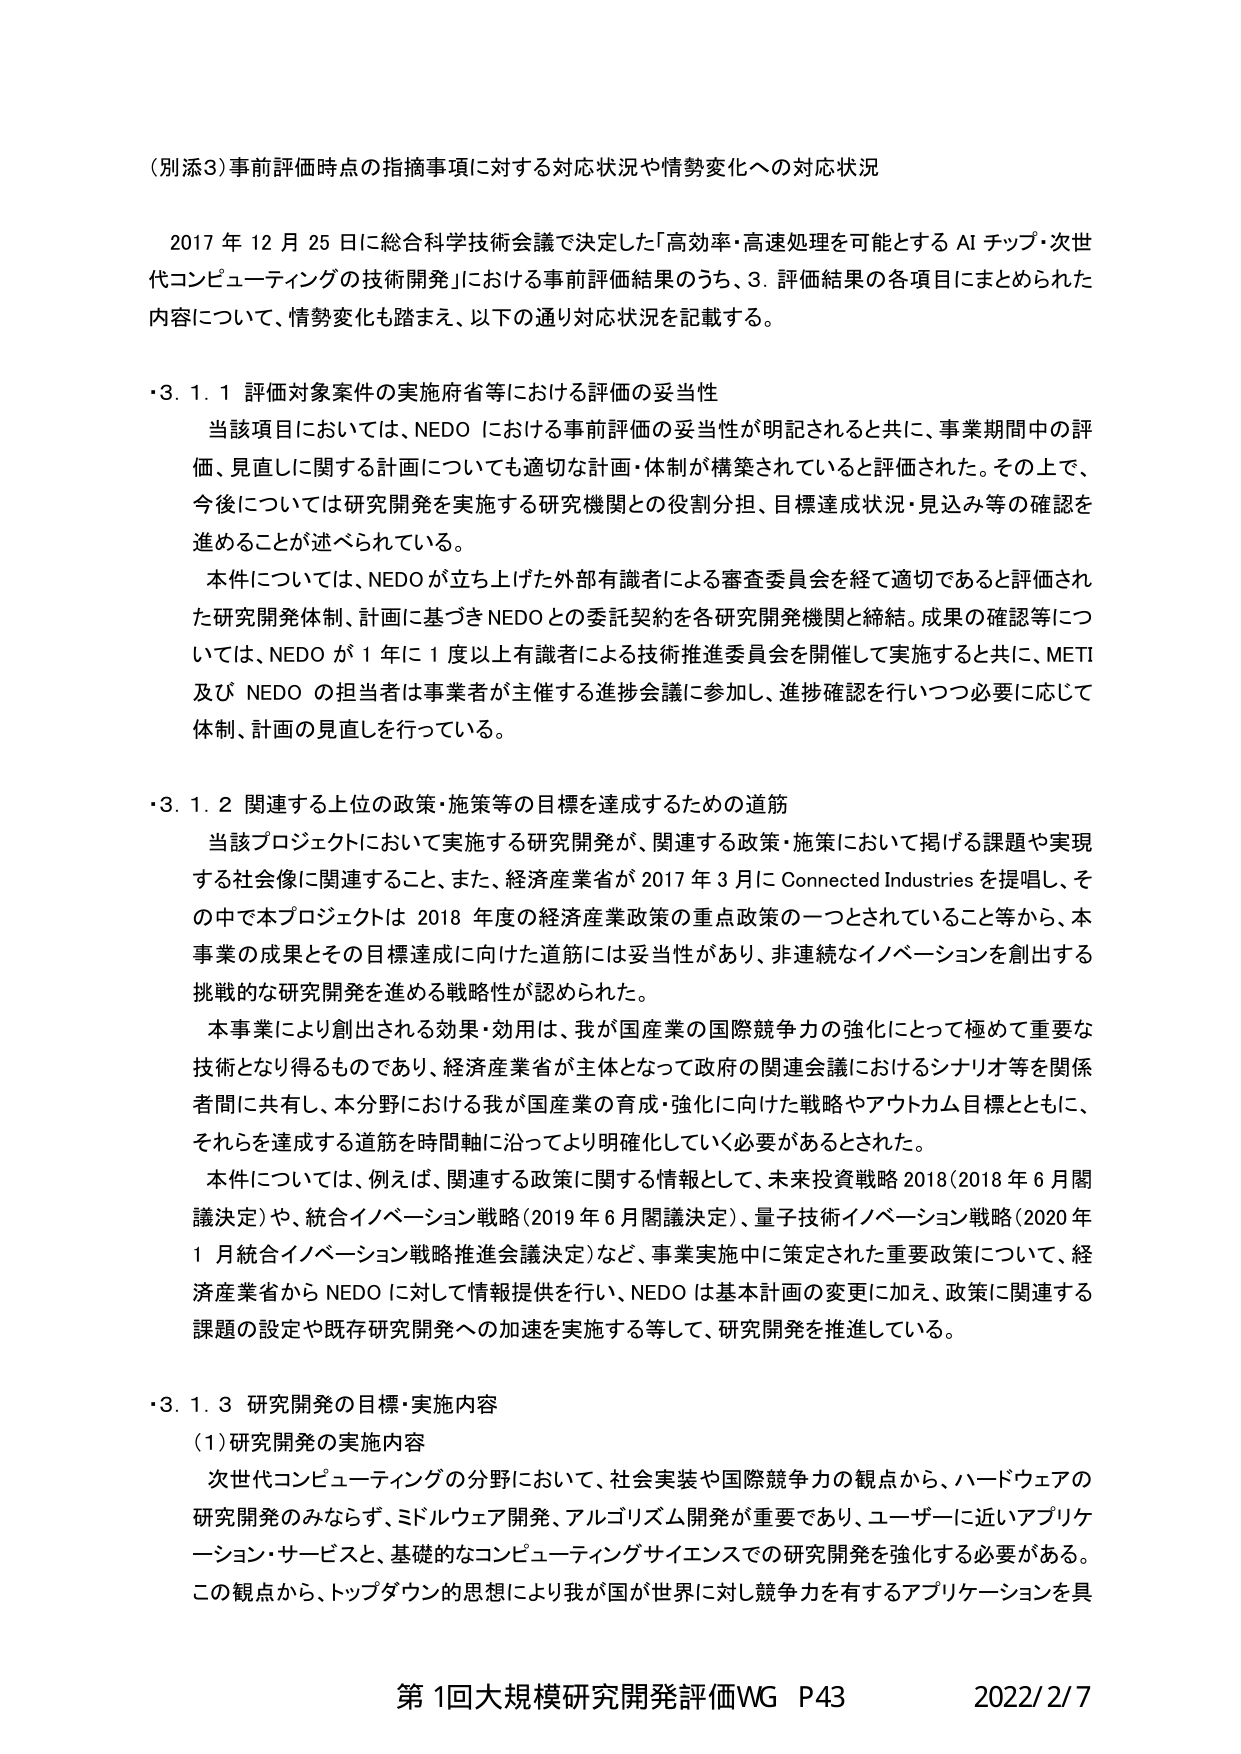
（別添3）事前評価時点の指摘事項に対する対応状況や情勢変化への対応状況

2017年12月25日に総合科学技術会議で決定した「高効率・高速処理を可能とするAIチップ・次世代コンピューティングの技術開発」における事前評価結果のうち、3．評価結果の各項目にまとめられた内容について、情勢変化も踏まえ、以下の通り対応状況を記載する。

・3．1．1 評価対象案件の実施府省等における評価の妥当性

当該項目においては、NEDOにおける事前評価の妥当性が明記されると共に、事業期間中の評価、見直しに関する計画についても適切な計画・体制が構築されていると評価された。その上で、今後については研究開発を実施する研究機関との役割分担、目標達成状況・見込み等の確認を進めることが述べられている。

本件については、NEDOが立ち上げた外部有識者による審査委員会を経て適切であると評価された研究開発体制、計画に基づきNEDOとの委託契約を各研究開発機関と締結。成果の確認等については、NEDOが1年に1度以上有識者による技術推進委員会を開催して実施すると共に、METI及びNEDOの担当者は事業者が主催する進捗会議に参加し、進捗確認を行いつつ必要に応じて体制、計画の見直しを行っている。

・3．1．2 関連する上位の政策・施策等の目標を達成するための道筋

当該プロジェクトにおいて実施する研究開発が、関連する政策・施策において掲げる課題や実現する社会像に関連すること、また、経済産業省が2017年3月にConnected Industriesを提唱し、その中で本プロジェクトは2018年度の経済産業政策の重点政策の一つとされていること等から、本事業の成果とその目標達成に向けた道筋には妥当性があり、非連続なイノベーションを創出する挑戦的な研究開発を進める戦略性が認められた。

本事業により創出される効果・効用は、我が国産業の国際競争力の強化にとって極めて重要な技術となり得るものであり、経済産業省が主体となって政府の関連会議におけるシナリオ等を関係者間に共有し、本分野における我が国産業の育成・強化に向けた戦略やアウトカム目標とともに、それらを達成する道筋を時間軸に沿ってより明確化していく必要があるとされた。

本件については、例えば、関連する政策に関する情報として、未来投資戦略2018（2018年6月閣議決定）や、統合イノベーション戦略（2019年6月閣議決定）、量子技術イノベーション戦略（2020年1月統合イノベーション戦略推進会議決定）など、事業実施中に策定された重要政策について、経済産業省からNEDOに対して情報提供を行い、NEDOは基本計画の変更に加え、政策に関連する課題の設定や既存研究開発への加速を実施する等して、研究開発を推進している。

・3．1．3 研究開発の目標・実施内容

（1）研究開発の実施内容

次世代コンピューティングの分野において、社会実装や国際競争力の観点から、ハードウェアの研究開発のみならず、ミドルウェア開発、アルゴリズム開発が重要であり、ユーザーに近いアプリケーション・サービスと、基礎的なコンピューティングサイエンスでの研究開発を強化する必要がある。この観点から、トップダウン的思想により我が国が世界に対し競争力を有するアプリケーションを具

第1回大規模研究開発評価WG P43 2022/2/7